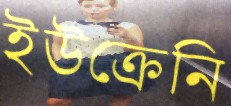
ইউক্রেনি